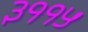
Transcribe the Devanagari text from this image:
३११५